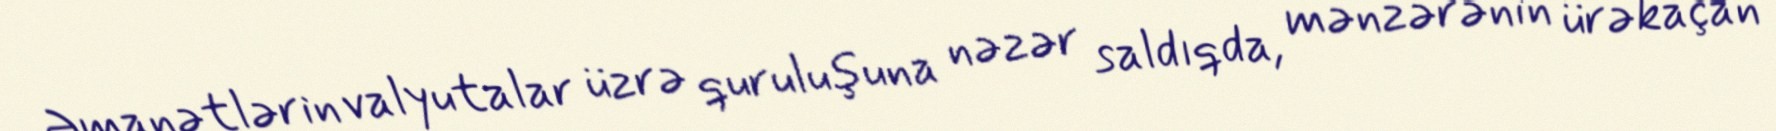
Əmanətlərin valyutalar üzrə quruluşuna nəzər saldıqda, mənzərənin ürəkaçan